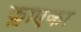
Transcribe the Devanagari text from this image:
क्लाएका